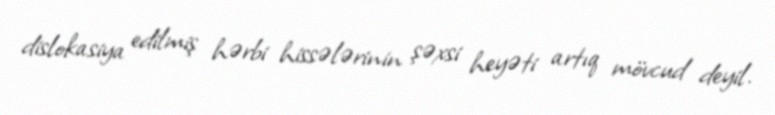
dislokasiya edilmiş hərbi hissələrinin şəxsi heyəti artıq mövcud deyil.